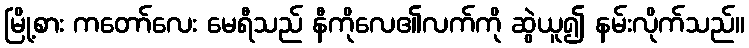
မြို့စား ကတော်လေး မေရီသည် နီကိုလေ၏လက်ကို ဆွဲယူ၍ နမ်းလိုက်သည်။